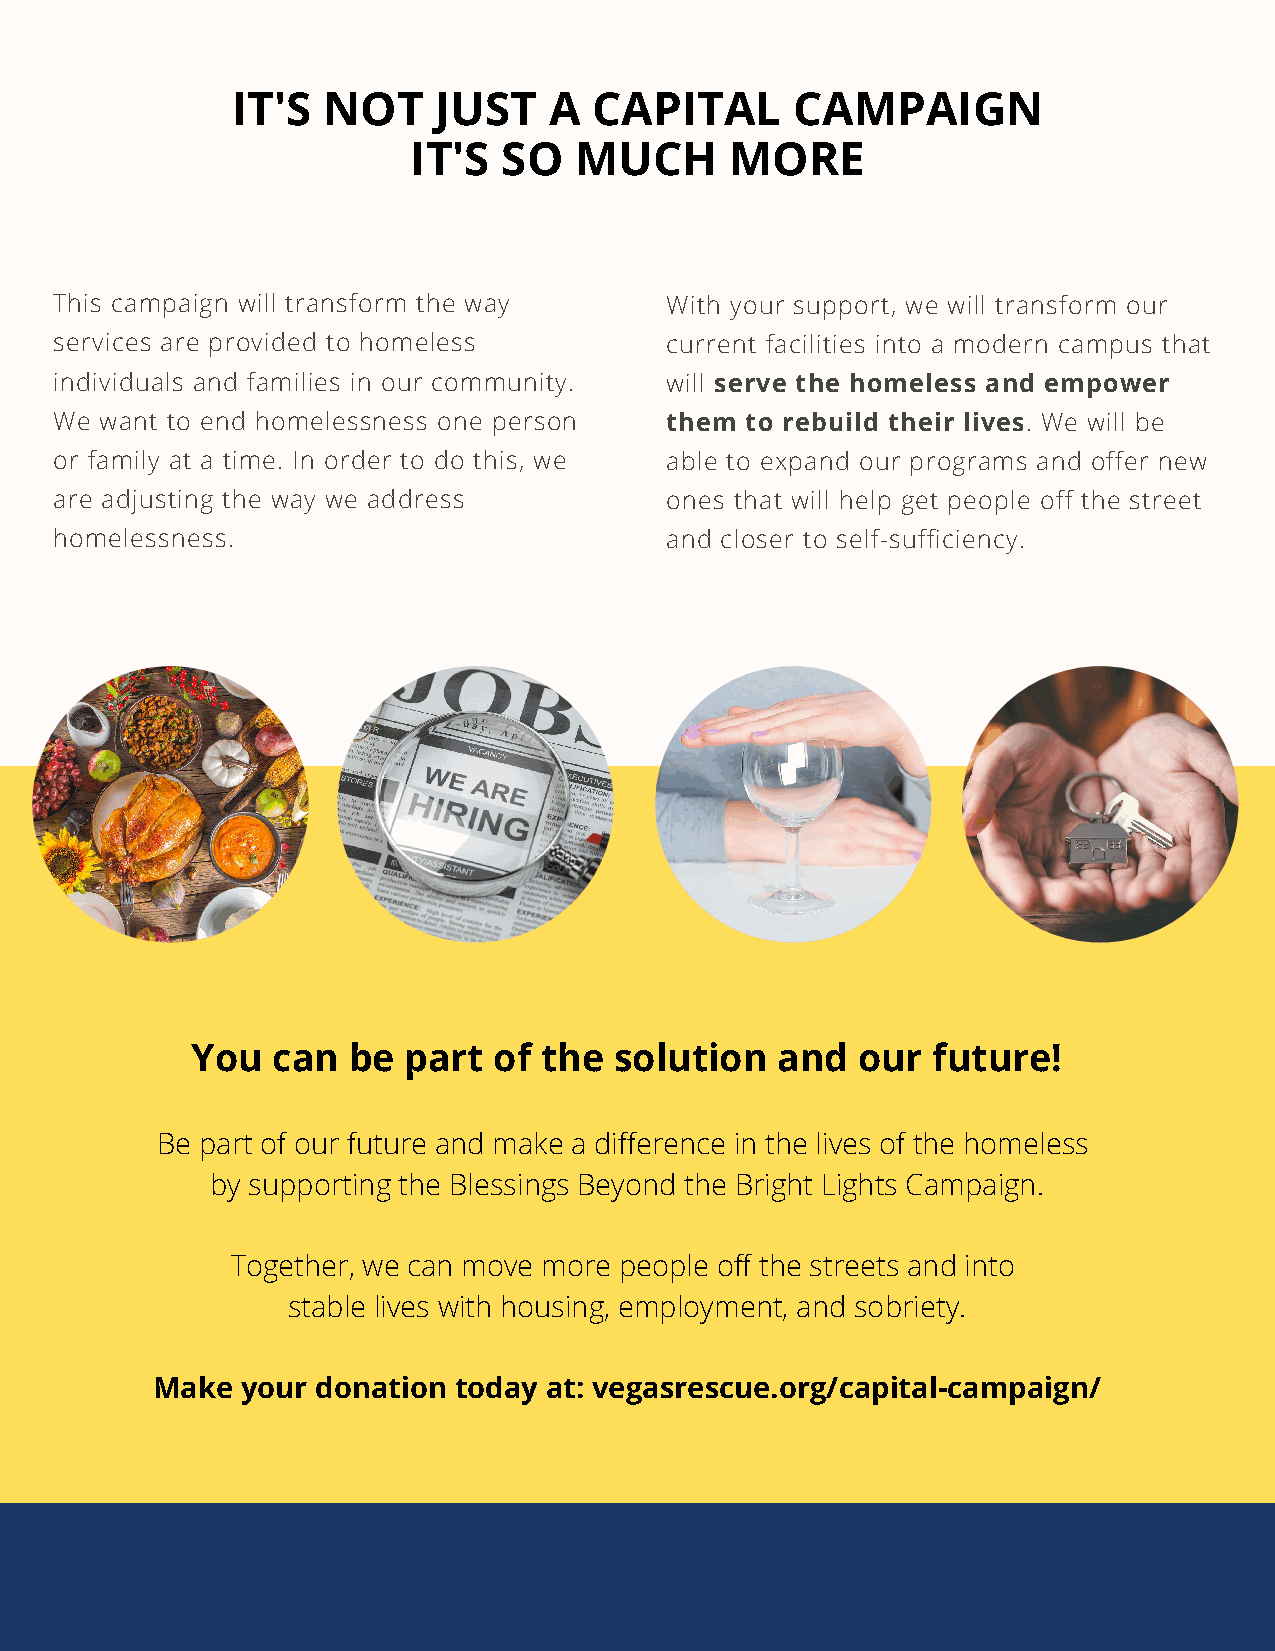
IT'S  NOT     JUST   A  CAPITAL      CAMPAIGN
 IT'S  SO   MUCH      MORE
 This campaign will transform the way    With your support, we will transform our
 services are provided to homeless       current facilities into a modern campus that
 individuals and families in our community. will serve the homeless and empower
 We want to end homelessness one person  them to rebuild their lives. We will be
 or family at a time. In order to do this, we able to expand our programs and offer new
 are adjusting the way we address        ones that will help get people off the street
 homelessness.                           and closer to self-sufficiency.
 You  can  be  part  of the  solution  and   our  future!
 Be part of our future and make a difference in the lives of the homeless
 by supporting the Blessings Beyond the Bright Lights Campaign.
 Together, we can move more people off the streets and into
 stable lives with housing, employment, and sobriety.
 Make  your donation today at: vegasrescue.org/capital-campaign/